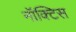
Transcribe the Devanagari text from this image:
नॉक्टिस